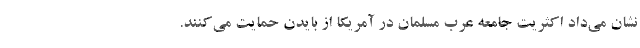
نشان می‌داد اکثریت جامعه عرب مسلمان در آمریکا از بایدن حمایت می‌کنند.